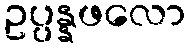
ဥပ္ပန္နဖလော